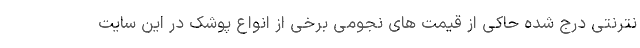
نترنتی درج شده حاکی از قیمت های نجومی برخی از انواع پوشک در این سایت